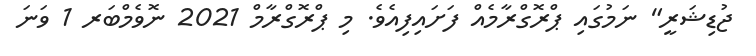
ޖުޑިޝަރީ" ނަމުގައި ޕްރޮގްރާމެއް ފަށައިފިއެވެ. މި ޕްރޮގްރާމް 2021 ނޮވެމްބަރ 1 ވަނަ